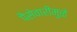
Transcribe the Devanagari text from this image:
पैसेवारीमुळे